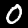
Digit: 0